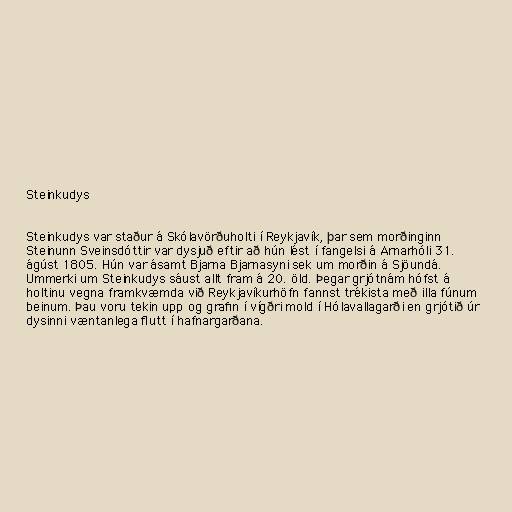
Steinkudys

Steinkudys var staður á Skólavörðuholti í Reykjavík, þar sem morðinginn
Steinunn Sveinsdóttir var dysjuð eftir að hún lést í fangelsi á Arnarhóli 31.
ágúst 1805. Hún var ásamt Bjarna Bjarnasyni sek um morðin á Sjöundá.
Ummerki um Steinkudys sáust allt fram á 20. öld. Þegar grjótnám hófst á
holtinu vegna framkvæmda við Reykjavíkurhöfn fannst trékista með illa fúnum
beinum. Þau voru tekin upp og grafin í vígðri mold í Hólavallagarði en grjótið úr
dysinni væntanlega flutt í hafnargarðana.